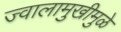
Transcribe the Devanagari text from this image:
ज्वालामुखीमुळे